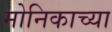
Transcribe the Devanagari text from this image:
मोनिकाच्या